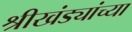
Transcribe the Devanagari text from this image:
श्रीखंड्यांच्या